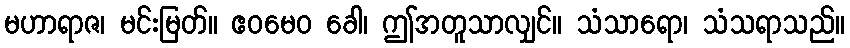
မဟာရာဇ၊ မင်းမြတ်။ ဧဝမေဝ ခေါ၊ ဤအတူသာလျှင်။ သံသာရော၊ သံသရာသည်။